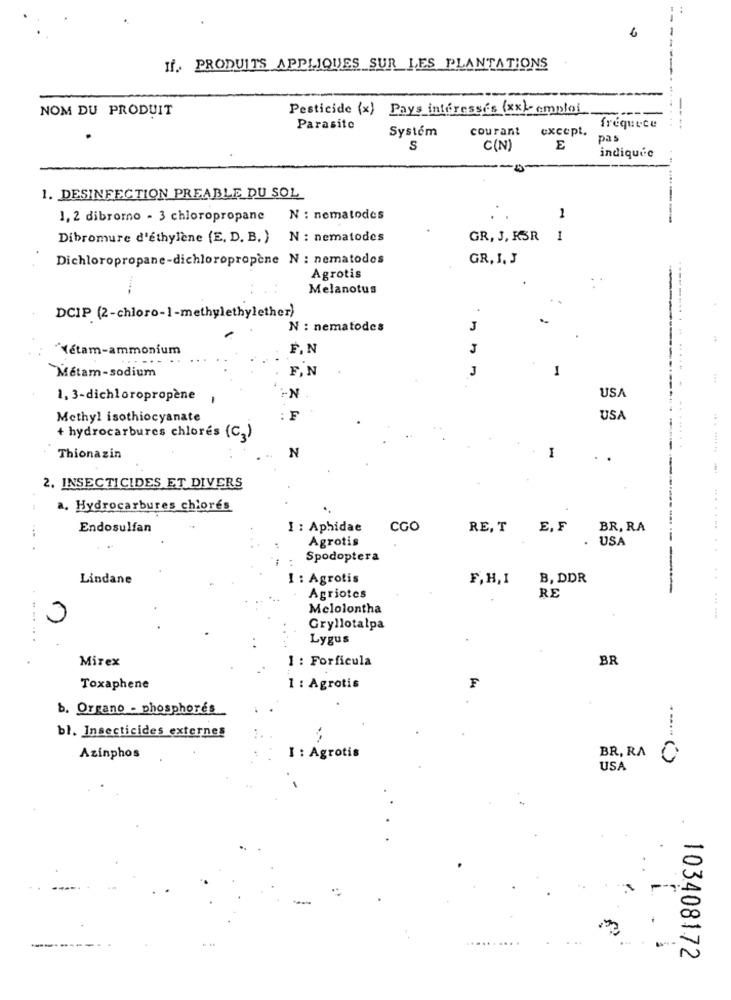
6
If .. PRODUITS APPLIQUES SUR LES PLANTATIONS
NOM DU PRODUIT
Pesticide {x} Pays interesses (xx)- emploi
--
Parasite
Systém
courant
except.
frequece
pas
S
C(N)
E
indiquée
1. DESINFECTION PREABLE DU SOL
1, 2 dibromo - 3 chloropropane N : nematodes
1
Dibromure d'éthylène (E. D. B. ) N : nematodes
GR, J, K3R
1
Dichloropropane-dichloropropene N : nematodos
GR, I, J
Agrotis
Melanotus
DCIP (2-chloro-1-methylethylether)
.
N : nematodes
J
Yétam-ammonium
F. N
J
...
J
1
Metam-sodium
F, N
.......... . .. ......
1, 3-dichloropropene
-N
USA
Methyl isothiocyanate
F
USA
+ hydrocarbures chlorés (C3)
N
...... ..
Thionazin
1
2. INSECTICIDES ET DIVERS
a. Hydrocarbures chiorés
Endosulfan
I : Aphidae
CGO
RE, T
E, F
BR, RA
Agrotis
. USA
Spodoptera
Lindane
1 : Agrotis
F,H,I
B, DDR
.. ..
Agriotes
RE
Melolontha
Gryllotalpa
.......
Lygus
Mirex
1 : Forfícula
BR
Toxaphene
1 : Agrotis
F
b. Organo - phosphores
bl. Insecticides externes
Azinphos
I : Agrotis
BR, RA C
USA
-
--
103408172